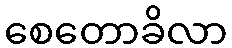
စေတောခိလာ